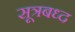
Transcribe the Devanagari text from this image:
सूत्रबध्द